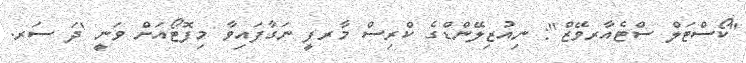
"ކޯސްޓަލް ސްޓެއާރވޭޒް": ނިއުޒިލޭންޑްގެ ކްރިސް މާރފީ ނަގާފައިވާ މިފޮޓޯއަށް ވަނީ 'ދަ ސަރ.